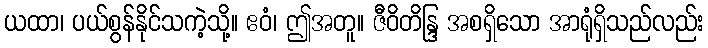
ယထာ၊ ပယ်စွန်နိုင်သကဲ့သို့။ ဧဝံ၊ ဤအတူ။ ဇီဝိတိန္ဒြ အစရှိသော အာရုံရှိသည်လည်း